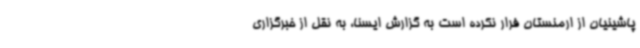
پاشینیان از ارمنستان فرار نکرده است به گزارش ایسنا، به نقل از خبرگزاری